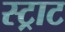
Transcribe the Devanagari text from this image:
स्ट्राट